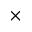
\times